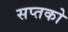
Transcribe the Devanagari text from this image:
सप्तको